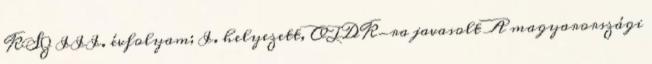
KSZ III. évfolyam; I. helyezett, OTDK-ra javasolt A magyarországi